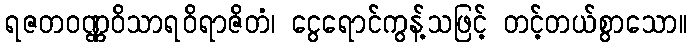
ရဇတဝဏ္ဏဝိသာရဝိရာဇိတံ၊ ငွေရောင်ကွန့်သဖြင့် တင့်တယ်စွာသော။